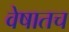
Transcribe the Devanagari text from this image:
वेषातच